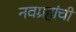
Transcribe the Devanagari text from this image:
नवग्रहांची